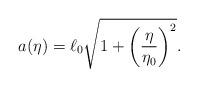
LaTeX: \begin{align*}a(\eta )=\ell _0\sqrt{1+\biggl(\frac{\eta }{\eta_0}\biggr)^2}.\end{align*}